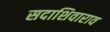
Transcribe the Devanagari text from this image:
सदाशिवाराव